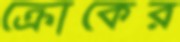
ক্রোকের